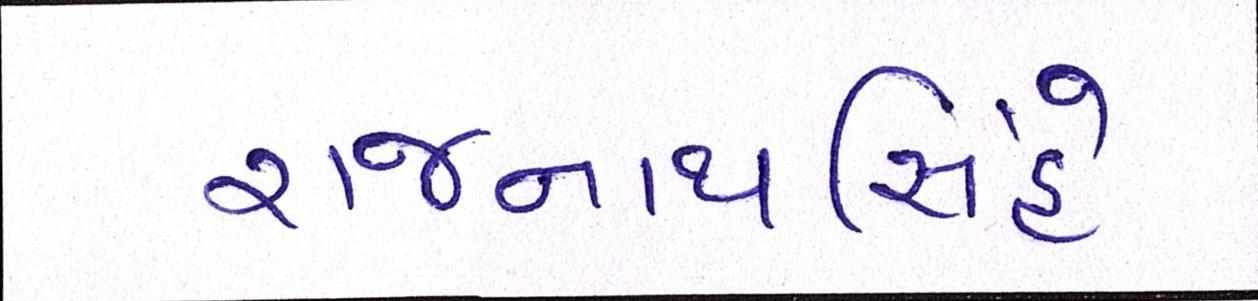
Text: રાજનાથસિંહે